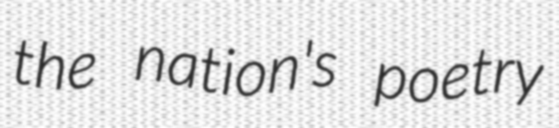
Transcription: the nation's poetry